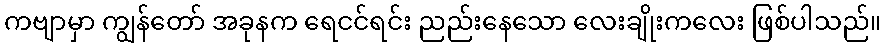
ကဗျာမှာ ကျွန်တော် အခုနက ရေငင်ရင်း ညည်းနေသော လေးချိုးကလေး ဖြစ်ပါသည်။